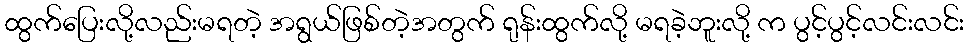
ထွက်ပြေးလို့လည်းမရတဲ့ အရွယ်ဖြစ်တဲ့အတွက် ရုန်းထွက်လို့ မရခဲ့ဘူးလို့ က ပွင့်ပွင့်လင်းလင်း